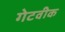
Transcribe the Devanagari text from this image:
गेटवीक